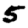
Digit: 5